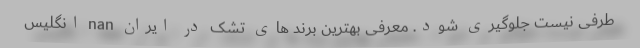
طرفی نیست جلوگیری شود. معرفی بهترین برند های تشک در ایران nan انگلیس